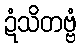
ဍံသိတဗ္ဗံ